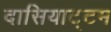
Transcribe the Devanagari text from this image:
दासियाट्टम